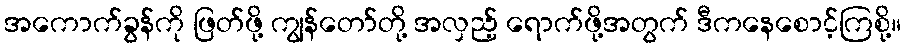
အကောက်ခွန်ကို ဖြတ်ဖို့ ကျွန်တော်တို့ အလှည့် ရောက်ဖို့အတွက် ဒီကနေစောင့်ကြစို့။